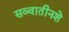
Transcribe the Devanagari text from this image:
सव्वातीनशे